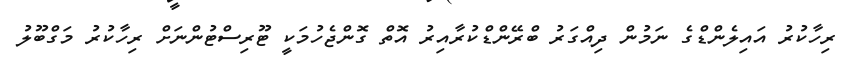
ރިހާކުރު އައިލެންޑްގެ ނަމުން ދިއްގަރު ބްރޭންޑްކުރާއިރު އޮތް ގޮންޖެހުމަކީ ޓޫރިސްޓުންނަށް ރިހާކުރު މަގްބޫލު